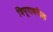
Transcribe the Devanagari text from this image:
त्रिपुरावरील